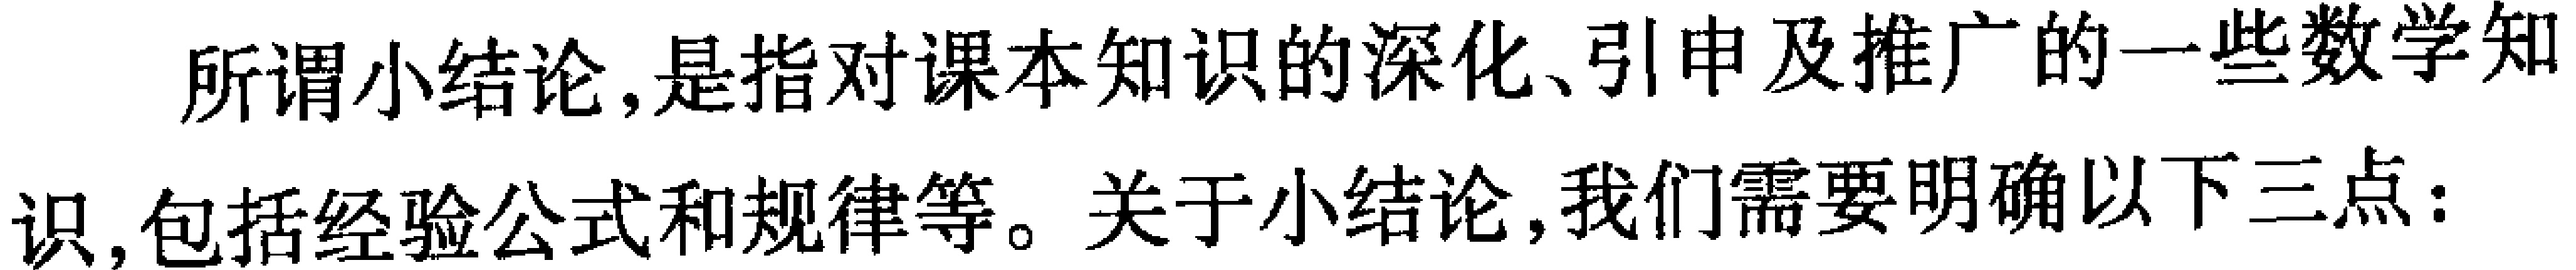
所谓小结论,是指对课本知识的深化、引申及推广的一些数学知识,包括经验公式和规律等。关于小结论,我们需要明确以下三点: